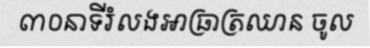
៣០នាទីរំលងអាធ្រាត្រឈាន ចូល